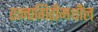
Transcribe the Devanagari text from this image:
रत्नागिरीमधील